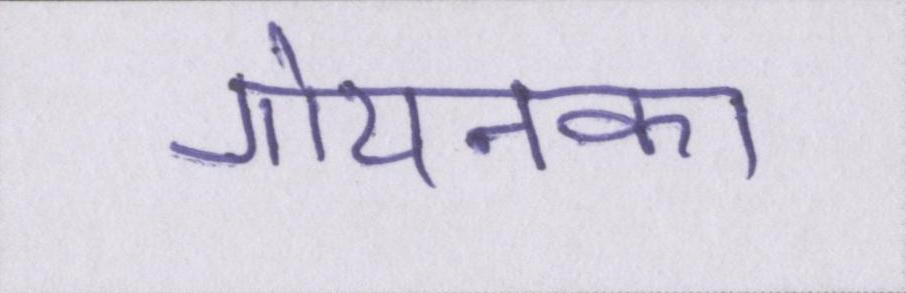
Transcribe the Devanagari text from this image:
गोयनका